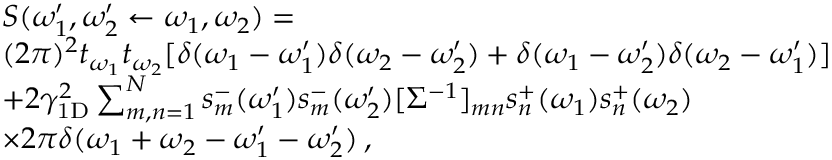
\begin{array} { r l } & { S ( \omega _ { 1 } ^ { \prime } , \omega _ { 2 } ^ { \prime } \leftarrow \omega _ { 1 } , \omega _ { 2 } ) = } \\ & { ( 2 \pi ) ^ { 2 } t _ { \omega _ { 1 } } t _ { \omega _ { 2 } } [ \delta ( \omega _ { 1 } - \omega _ { 1 } ^ { \prime } ) \delta ( \omega _ { 2 } - \omega _ { 2 } ^ { \prime } ) + \delta ( \omega _ { 1 } - \omega _ { 2 } ^ { \prime } ) \delta ( \omega _ { 2 } - \omega _ { 1 } ^ { \prime } ) ] } \\ & { + 2 \gamma _ { \mathrm { 1 D } } ^ { 2 } \sum _ { m , n = 1 } ^ { N } s _ { m } ^ { - } ( \omega _ { 1 } ^ { \prime } ) s _ { m } ^ { - } ( \omega _ { 2 } ^ { \prime } ) [ \Sigma ^ { - 1 } ] _ { m n } s _ { n } ^ { + } ( \omega _ { 1 } ) s _ { n } ^ { + } ( \omega _ { 2 } ) } \\ & { \times 2 \pi \delta ( \omega _ { 1 } + \omega _ { 2 } - \omega _ { 1 } ^ { \prime } - \omega _ { 2 } ^ { \prime } ) \: , } \end{array}